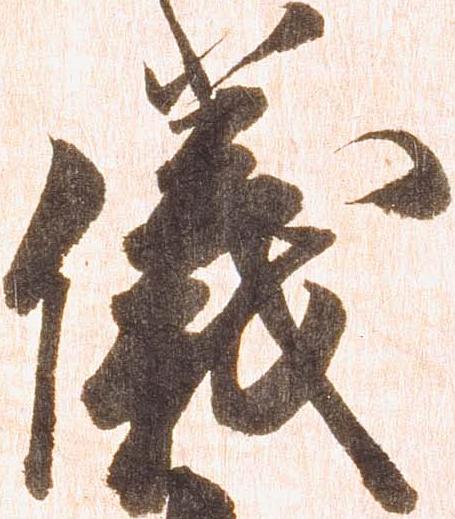
儀